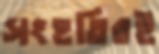
সংহতিরই